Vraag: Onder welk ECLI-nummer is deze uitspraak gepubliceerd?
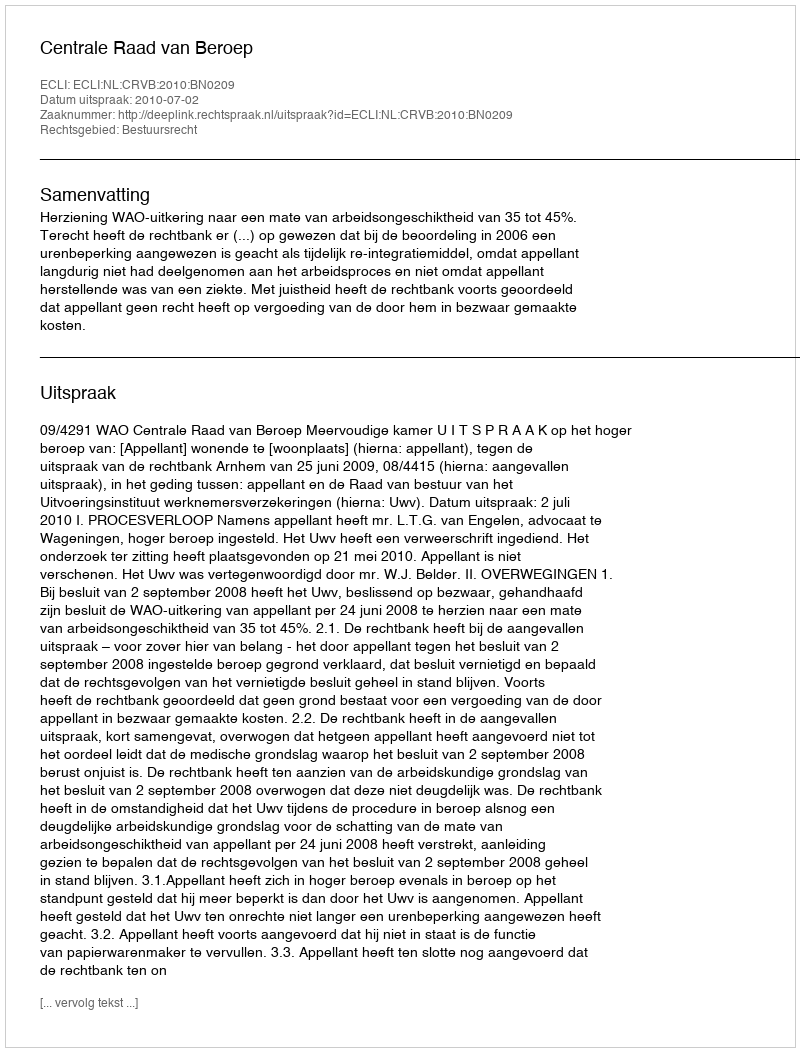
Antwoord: ECLI:NL:CRVB:2010:BN0209